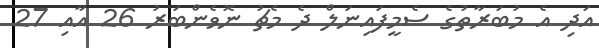
އަދި އެ މުބަރާތުގެ ސެމީފައިނަލް ދެ މެޗު ނޮވެންބަރު 26 އާއި 27